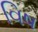
વિષ